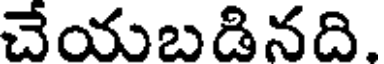
చేయబడినది.